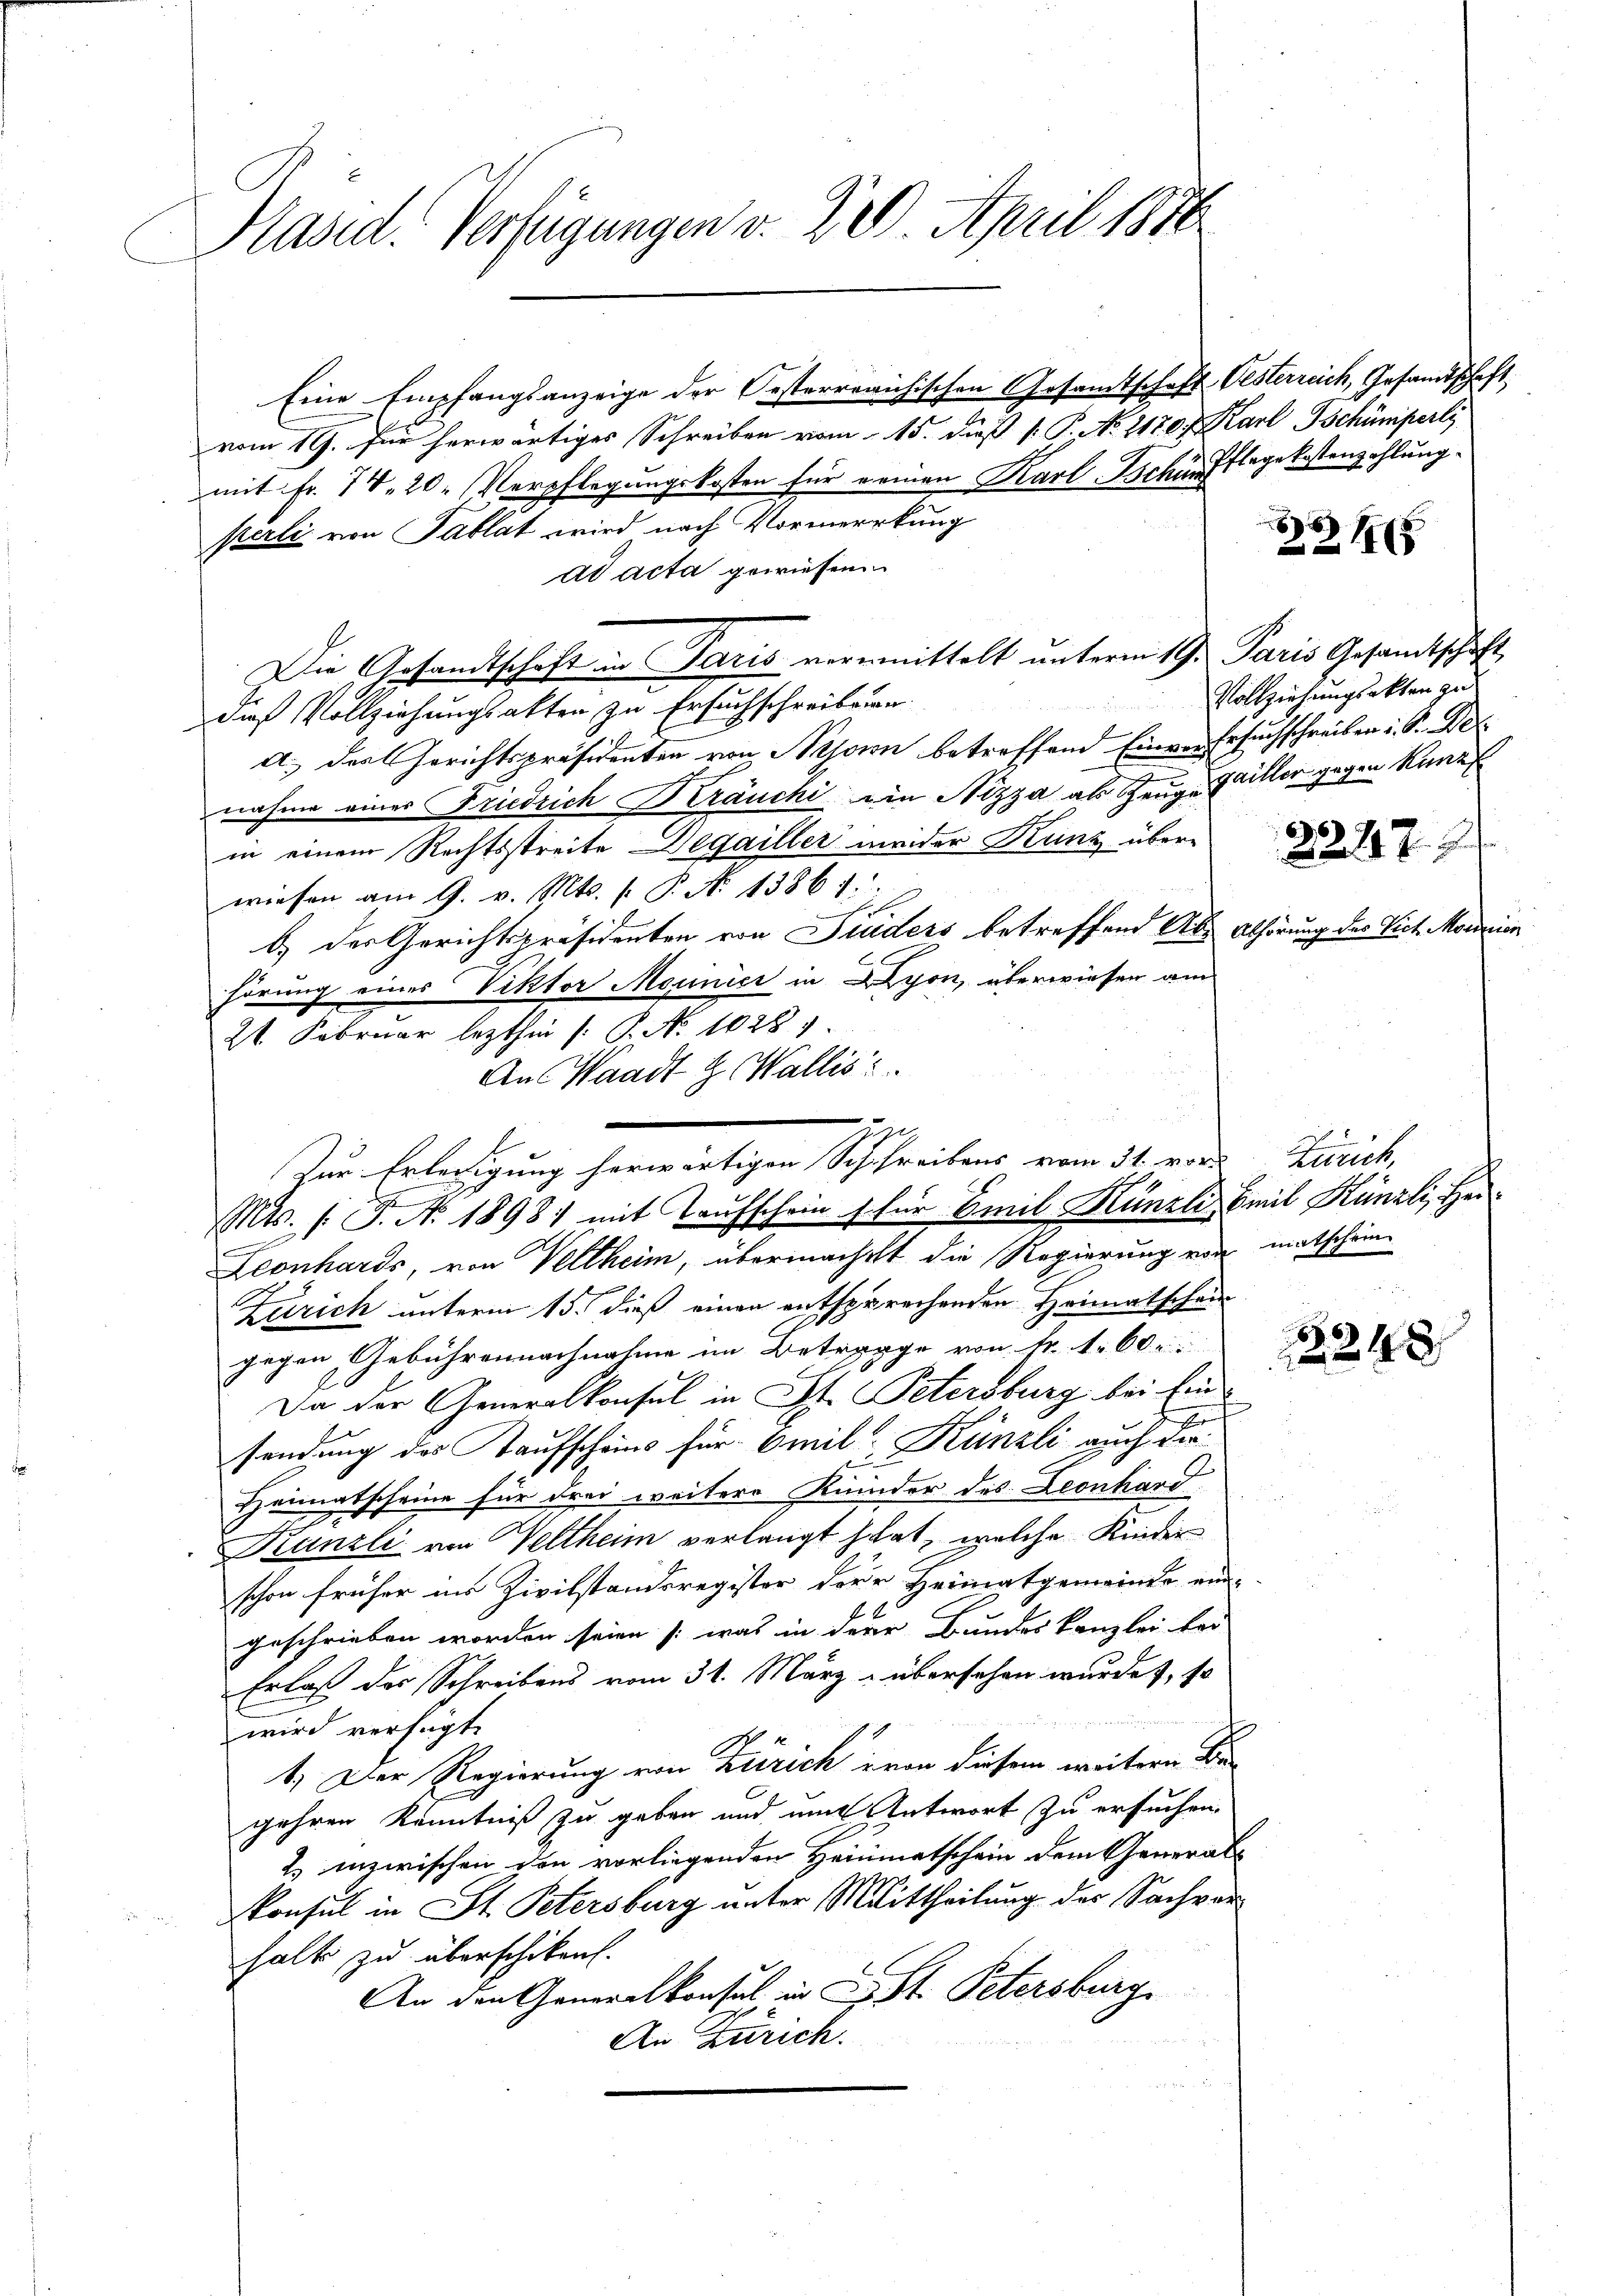
Präsid. Verfügungen v. 229. April 1886

vom 19. Für herwärtiges Schreiben vom 15. dieß P. P. N. 2180 f. Karl Tschümiperli
mit Fr. 74. 20. Verpflegungskosten für einen Karl Schürf legekostenzahlung
sterli von Tablat wird nach Vormerckung
ad acta gewiesen
Die Gesandtschaft in Paris vermittelt unterm 19. Paris Gesandtschaft
dieß Vollziehungsakten zu Ersuchschreibun
a. der Gerichtspräsidenten von Tessin betreffend Einver Ersuchschreiben i. S. Der
nahme einer Friedrich Kräuchi ein Nizza als Zeuge Willer gegen kann
in einem Rechtsstreite Degailler meider Kunz über
wiesen am 9. v. Mts. f. P. N. 1386 f.
b.) der Gerichtspräsidenten von Studers betreffend Abs Abhörung des Vict. Monnien
hörung eines Viktor Morinici in Lyon, überwiesen am
.
21 Februar lezthin (: P. No 1028
An Waadt & Wallis
Leonhards, von Veltheim, übermachett die Regierung von matschein¬
Zürich unterm 15. dieß einen entsprechenden Heimatschein
gegen Gebührennachnahme im Betrage von Nr. 160 e
Da der Generalkonsul in St. Petersburg bei Ein¬
J
sendung des Taufscheins für Emil Künzli auch der
Heimatscheine für drei weitere Kinder des Leonhard
Kanzli von Veltheim verlangt hat, welche Kinder
schon früher ins Zivilstandsregister der Heimatgemeinde ein-
geschrieben worden seien (was in derer Bundeskanzlei fer
Erlaß des Schreibens vom 31. März übersehen wurde, so
wird verfügt:
1.) Der Regierung von Zürich von diesem weiteren Be
gehren Kenntniß zu geben und mit Antwort zu ersuchen.
2. inzwischen den vorliegenden Heimmatschein dem Generals
konsul in St. Petersburg unter Mittheilung des Sachverhalt zu überschiken.
An den Generalkonsul in L. St. Petersburg
An Zürich.

Eine Empfangsanzeige der Oesterreichischen Gesamtschaft Oesterreich, Gesandtschaft

ege
Zur Erledigung herwärtigen Schreibens vom 31. vor Zürich,
Mts. (T. No. 1898) mit Taufschein für Emil Künzli Emil Künzli, Hei¬

18

Vollziehungsakten zu

2248